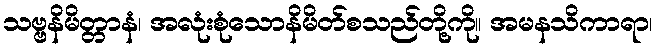
သဗ္ဗနိမိတ္တာနံ၊ အလုံးစုံသောနိမိတ်စသည်တို့ကို။ အမနသိကာရာ၊